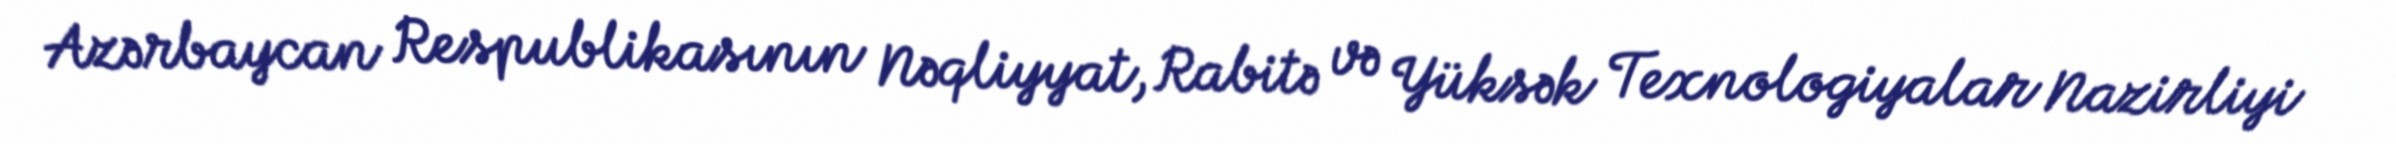
Azərbaycan Respublikasının Nəqliyyat, Rabitə və Yüksək Texnologiyalar Nazirliyi